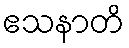
ဧသနာတိ